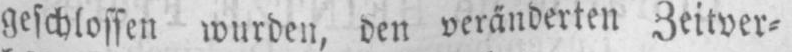
geschlossen wurden, den veränderten Zeitver⸗